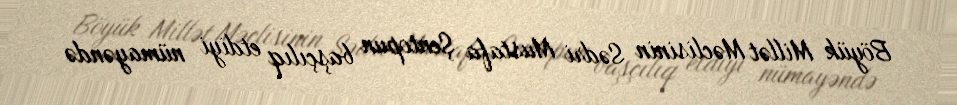
Böyük Millət Məclisinin Sədri Mustafa Şentopun başçılıq etdiyi nümayəndə